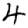
Digit: 4